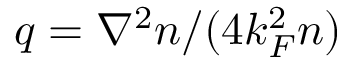
q = \nabla ^ { 2 } n / ( 4 k _ { F } ^ { 2 } n )